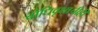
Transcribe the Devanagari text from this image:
बोधिवृक्षाचीही